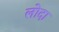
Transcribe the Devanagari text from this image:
लोदा